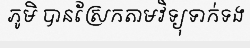
ភូមិ បានស្រែកតាមវិទ្យុទាក់ទង